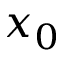
x _ { 0 }